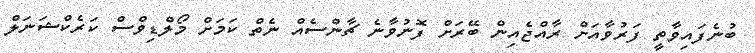
ބުނެފައިވާތީ ފަރުވާއަށް ރާއްޖެއިން ބޭރަށް ފޮނުވާނެ ޗާންސެއް ނެތް ކަމަށް މޯލްޑިވްސް ކަރެކްޝަނަލް